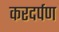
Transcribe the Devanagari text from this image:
करदर्पण